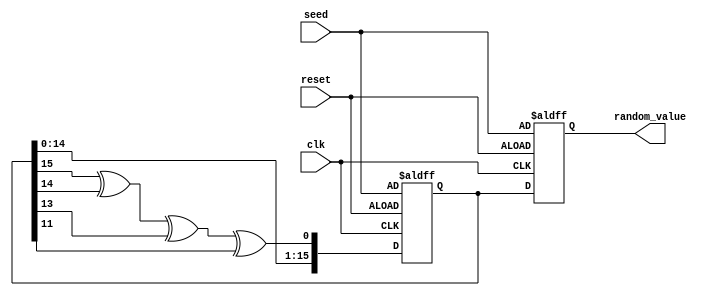
module RandomInitialization #(
    parameter BIT_WIDTH = 16 // Configurable number of bits for the random value output
) (
    input wire clk,               // Clock signal
    input wire reset,             // Reset signal (active high)
    input wire [BIT_WIDTH-1:0] seed, // Seed input for random number generation
    output reg [BIT_WIDTH-1:0] random_value // Random value output
);

    // Internal register to hold the LFSR state
    reg [BIT_WIDTH-1:0] lfsr;

    // LFSR polynomial for generating pseudo-random numbers (example for a 16-bit LFSR)
    localparam LFSR_TAP = 16'hB400; // Example taps for 16-bit LFSR

    // LFSR update function
    function [BIT_WIDTH-1:0] lfsr_update;
        input [BIT_WIDTH-1:0] state;
        begin
            // XOR feedback from taps
            lfsr_update = {state[BIT_WIDTH-2:0], (state[BIT_WIDTH-1] ^ state[14] ^ state[13] ^ state[11])};
        end
    endfunction

    // Sequential logic to generate random values
    always @(posedge clk or posedge reset) begin
        if (reset) begin
            lfsr <= seed; // Initialize LFSR with the seed value
            random_value <= seed; // Initialize output with the seed
        end else begin
            lfsr <= lfsr_update(lfsr); // Update LFSR state
            random_value <= lfsr; // Output the current random value
        end
    end

endmodule